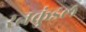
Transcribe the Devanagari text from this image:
रत्नकुंडल